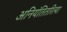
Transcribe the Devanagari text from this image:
अनियंतितरित्या